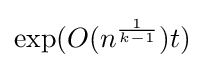
\exp(O(n^{\frac {1}{k-1}})t)